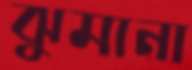
ঝুমানা